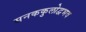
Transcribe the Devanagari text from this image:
सनककुलोद्वभव